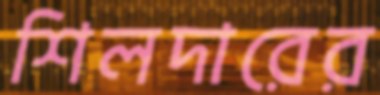
শিলদারের